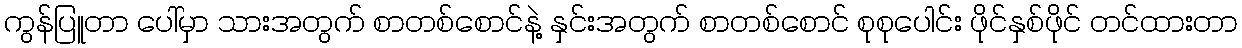
ကွန်ပြူတာ ပေါ်မှာ သားအတွက် စာတစ်စောင်နဲ့ နှင်းအတွက် စာတစ်စောင် စုစုပေါင်း ဖိုင်နှစ်ဖိုင် တင်ထားတာ